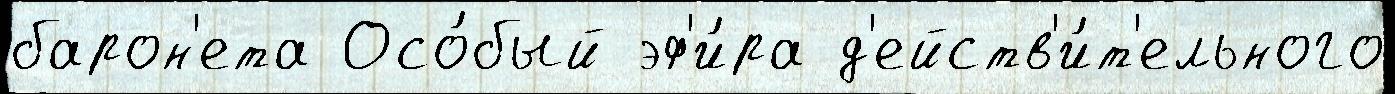
барон'ета Осо́бый эф'и́ра д'ейств'и́т'ельного